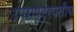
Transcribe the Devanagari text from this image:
उपराष्ट्रपतीय